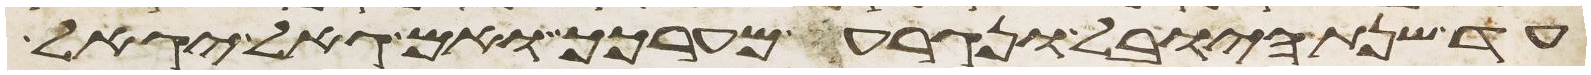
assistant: עד שנת היובל ונגרע מערכך ואם גאל יגאל